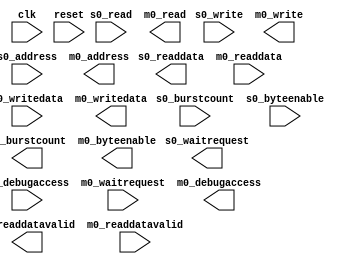
module KBandIPsubPro_mm_bridge_FPGA_Slave #(
		parameter DATA_WIDTH        = 64,
		parameter SYMBOL_WIDTH      = 8,
		parameter HDL_ADDR_WIDTH    = 18,
		parameter BURSTCOUNT_WIDTH  = 1,
		parameter PIPELINE_COMMAND  = 1,
		parameter PIPELINE_RESPONSE = 1,
		parameter SYNC_RESET        = 0
	) (
		input  wire                        clk,              //   clk.clk
		input  wire                        reset,            // reset.reset
		output wire                        s0_waitrequest,   //    s0.waitrequest
		output wire [DATA_WIDTH-1:0]       s0_readdata,      //      .readdata
		output wire                        s0_readdatavalid, //      .readdatavalid
		input  wire [BURSTCOUNT_WIDTH-1:0] s0_burstcount,    //      .burstcount
		input  wire [DATA_WIDTH-1:0]       s0_writedata,     //      .writedata
		input  wire [HDL_ADDR_WIDTH-1:0]   s0_address,       //      .address
		input  wire                        s0_write,         //      .write
		input  wire                        s0_read,          //      .read
		input  wire [7:0]                  s0_byteenable,    //      .byteenable
		input  wire                        s0_debugaccess,   //      .debugaccess
		input  wire                        m0_waitrequest,   //    m0.waitrequest
		input  wire [DATA_WIDTH-1:0]       m0_readdata,      //      .readdata
		input  wire                        m0_readdatavalid, //      .readdatavalid
		output wire [BURSTCOUNT_WIDTH-1:0] m0_burstcount,    //      .burstcount
		output wire [DATA_WIDTH-1:0]       m0_writedata,     //      .writedata
		output wire [HDL_ADDR_WIDTH-1:0]   m0_address,       //      .address
		output wire                        m0_write,         //      .write
		output wire                        m0_read,          //      .read
		output wire [7:0]                  m0_byteenable,    //      .byteenable
		output wire                        m0_debugaccess    //      .debugaccess
	);
endmodule